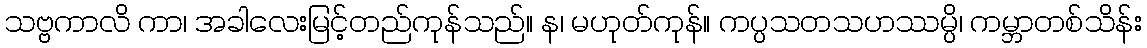
သဗ္ဗကာလိ ကာ၊ အခါလေးမြင့်တည်ကုန်သည်။ န၊ မဟုတ်ကုန်။ ကပ္ပသတသဟဿမ္ပိ၊ ကမ္ဘာတစ်သိန်း